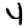
Digit: 4